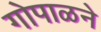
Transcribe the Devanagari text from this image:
गोपाळने